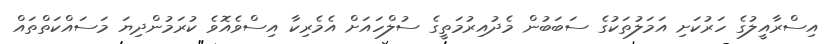
އިސްރާއީލުގެ ހަރުކަށި އަމަލުތަކުގެ ސަބަބުން މެދުއިރުމަތީގެ ސުލްހައަށް އެމެރިކާ އިސްވެއޮވެ ކުރަމުންދިޔަ މަސައްކަތްތައް